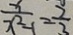
\frac { x } { x ^ { 2 } - 1 } = \frac { 7 } { 3 }